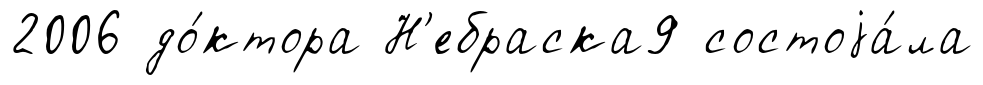
2006 до́ктора Н'ебраска9 состоjа́ла